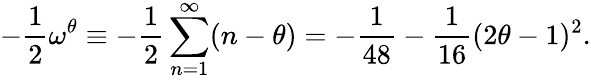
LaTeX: -\frac{1}{2}\omega^{\theta}\equiv-\frac{1}{2}\sum_{n=1}^{\infty}(n-\theta)=-\frac{1}{48}-\frac{1}{16}(2\theta-1)^{2}.